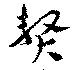
贅